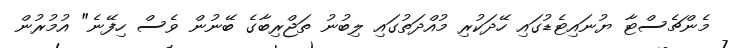
މެންޗެސްޓާ ޔުނައިޓެޑުގައި ހޭދަކުރި މުއްދަތުގައި ލިބުނު ތަޖްރިބާގެ ބޭނުން ވެސް ހިފޭނެ" އުމުރުން